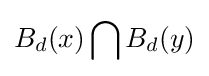
B_{d}(x)\bigcap B_{d}(y)